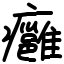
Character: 癰